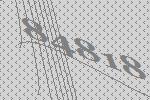
84818